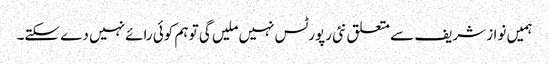
ہمیں نواز شریف سے متعلق نئی رپورٹس نہیں ملیں گی تو ہم کوئی رائے نہیں دے سکتے۔